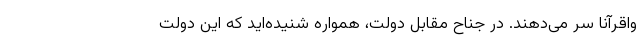
واقرآنا سر می‌دهند. در جناح مقابل دولت، همواره شنیده‌اید که این دولت